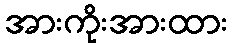
အားကိုးအားထား